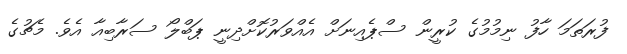
ފުރަތަމަ ހާފު ނިމުމުގެ ކުރީން ސްޕެއިނަށް އެއްވަރުކޮށްދިނީ ޕަބްލޯ ސަރާބިއާ އެވެ. މެޗުގެ